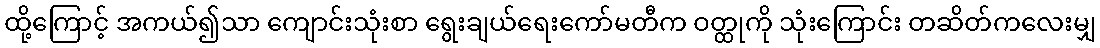
ထို့ကြောင့် အကယ်၍သာ ကျောင်းသုံးစာ ရွေးချယ်ရေးကော်မတီက ဝတ္ထုကို သုံးကြောင်း တဆိတ်ကလေးမျှ